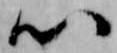
心